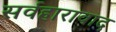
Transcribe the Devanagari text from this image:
सर्वहारावाद